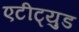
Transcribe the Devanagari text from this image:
एटीट्युड